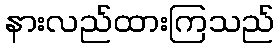
နားလည်ထားကြသည်